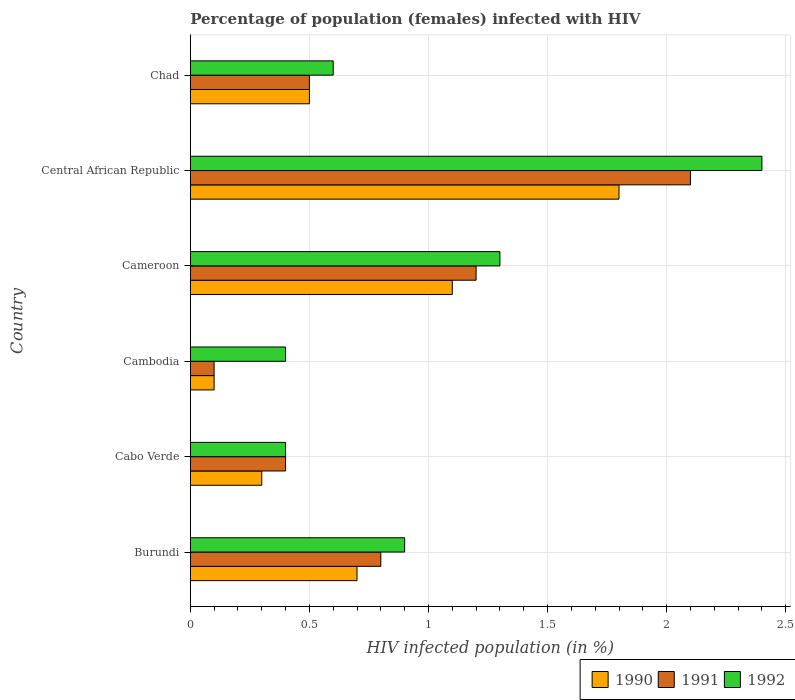
| Country | 1990 | 1991 | 1992 |
 | --- | --- | --- | --- |
 | Burundi | 0.7 | 0.8 | 0.9 |
 | Cabo Verde | 0.3 | 0.4 | 0.4 |
 | Cambodia | 0.1 | 0.1 | 0.4 |
 | Cameroon | 1.1 | 1.2 | 1.3 |
 | Central African Republic | 1.8 | 2.1 | 2.4 |
 | Chad | 0.5 | 0.5 | 0.6 |